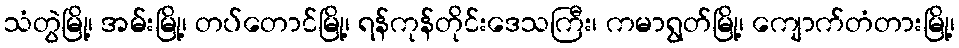
သံတွဲမြို့၊ အမ်းမြို့၊ တပ်တောင်မြို့၊ ရန်ကုန်တိုင်းဒေသကြီး၊ ကမာရွတ်မြို့၊ ကျောက်တံတားမြို့၊